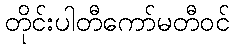
တိုင်းပါတီကော်မတီဝင်